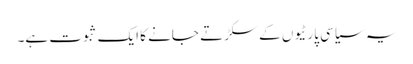
یہ سیاسی پارٹیوں کے سکڑتے جانے کا ایک ثبوت ہے۔